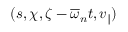
( s , \chi , \zeta - \overline { { \omega } } _ { n } t , v _ { \| } )